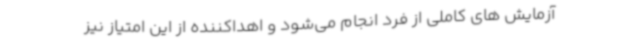
آزمایش های کاملی از فرد انجام می‌شود و اهداکننده از این امتیاز نیز